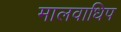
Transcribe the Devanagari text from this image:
मालवाधिप